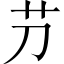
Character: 芀